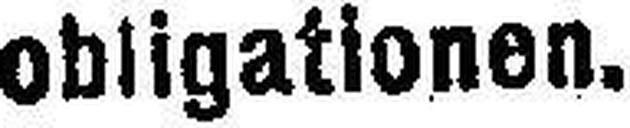
obligationen.